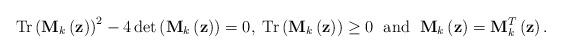
LaTeX: \begin{align*}\mbox{Tr}\left(\mathbf{M}_{k}\left(\mathbf{z}\right)\right)^{2}-4\det\left(\mathbf{M}_{k}\left(\mathbf{z}\right)\right)=0,\;\mbox{Tr}\left(\mathbf{M}_{k}\left(\mathbf{z}\right)\right)\ge0\;\mbox{ and }\;\mathbf{M}_{k}\left(\mathbf{z}\right)=\mathbf{M}_{k}^{T}\left(\mathbf{z}\right).\end{align*}